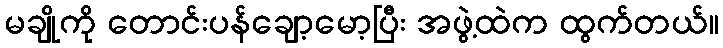
မချိုကို တောင်းပန်ချော့မော့ပြီး အဖွဲ့ထဲက ထွက်တယ်။